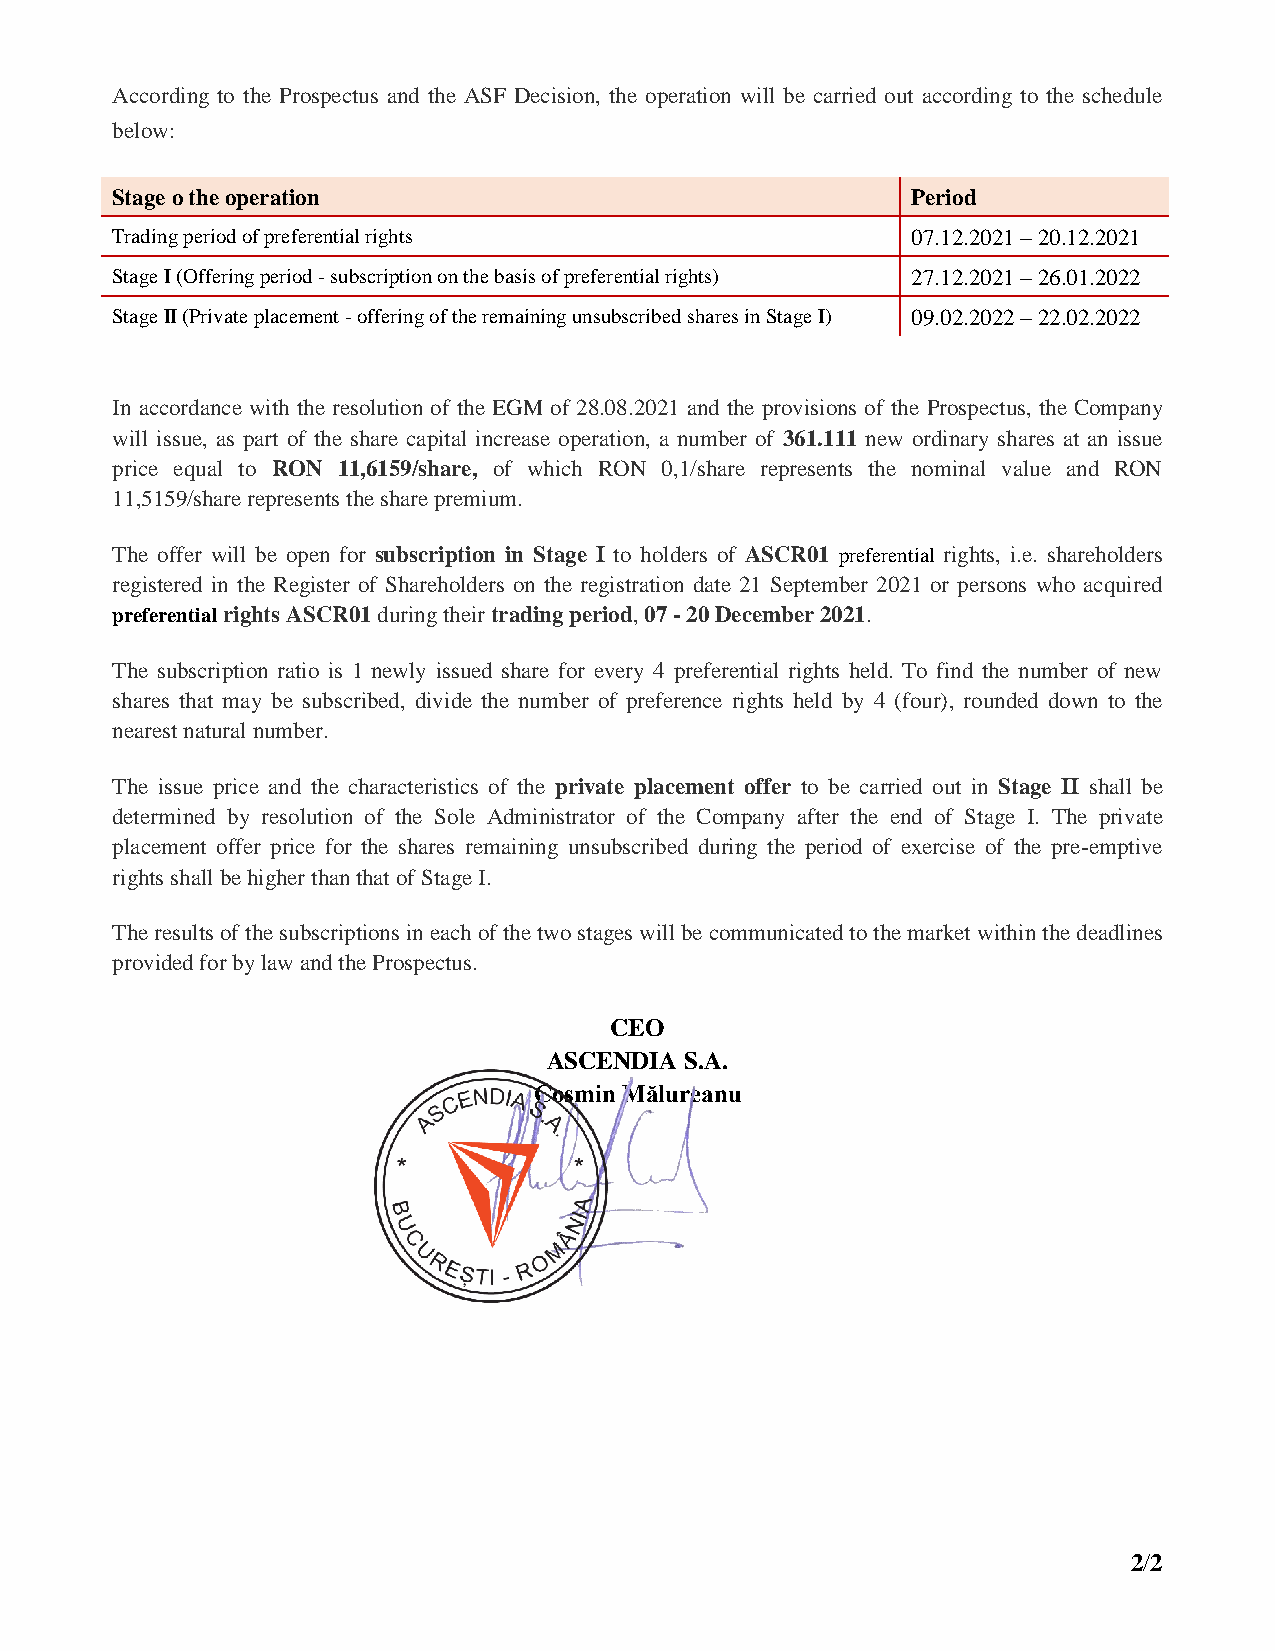
According to the Prospectus and the ASF Decision, the operation will be carried out according to the schedule
 below:
 Stage o the operation                                Period
 Trading period of preferential rights                07.12.2021 – 20.12.2021
 Stage I (Offering period - subscription on the basis of preferential rights) 27.12.2021 – 26.01.2022
 Stage II (Private placement - offering of the remaining unsubscribed shares in Stage I) 09.02.2022 – 22.02.2022
 In accordance with the resolution of the EGM of 28.08.2021 and the provisions of the Prospectus, the Company
 will issue, as part of the share capital increase operation, a number of 361.111 new ordinary shares at an issue
 price equal to RON 11,6159/share, of which RON 0,1/share represents the nominal value and RON
 11,5159/share represents the share premium.
 The offer will be open for subscription in Stage I to holders of ASCR01 preferential rights, i.e. shareholders
 registered in the Register of Shareholders on the registration date 21 September 2021 or persons who acquired
 preferential rights ASCR01 during their trading period, 07 - 20 December 2021.
 The subscription ratio is 1 newly issued share for every 4 preferential rights held. To find the number of new
 shares that may be subscribed, divide the number of preference rights held by 4 (four), rounded down to the
 nearest natural number.
 The issue price and the characteristics of the private placement offer to be carried out in Stage II shall be
 determined by resolution of the Sole Administrator of the Company after the end of Stage I. The private
 placement offer price for the shares remaining unsubscribed during the period of exercise of the pre-emptive
 rights shall be higher than that of Stage I.
 The results of the subscriptions in each of the two stages will be communicated to the market within the deadlines
 provided for by law and the Prospectus.
 CEO
 ASCENDIA S.A.
 Cosmin Mălureanu
 2/2